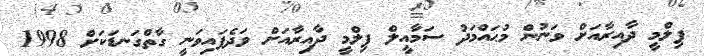
ފިލްމީ ދާއިރާއަށް ވަނުން މުޙައްމަދު ސަމާއީލް ފިލްމީ ދާއިރާއަށް ވަދެފައިވަނީ ގާތްގަނޑަކަށް 1998